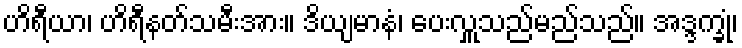
ဟိရီယာ၊ ဟိရီနတ်သမီးအား။ ဒိယျမာနံ၊ ပေးလှူသည်မည်သည်။ အဒ္ဒက္ခုံ၊